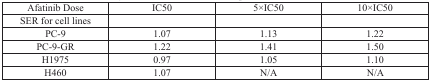
<table><thead><tr><td><b>Afatinib Dose</b></td><td><b>IC50</b></td><td><b>5×IC50</b></td><td><b>10×IC50</b></td></tr></thead><tbody><tr><td>SER for cell lines</td><td></td><td></td><td></td></tr><tr><td>PC-9</td><td>1.07</td><td>1.13</td><td>1.22</td></tr><tr><td>PC-9-GR</td><td>1.22</td><td>1.41</td><td>1.50</td></tr><tr><td>H1975</td><td>0.97</td><td>1.05</td><td>1.10</td></tr><tr><td>H460</td><td>1.07</td><td>N/A</td><td>N/A</td></tr></tbody></table>